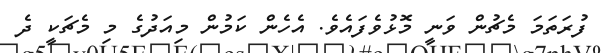
ފުރަތަމަ މެޗުން ވަނީ މޮޅުވެފައެވެ. އެހެން ކަމުން މިއަދުގެ މި މެޗަކީ ދެ